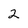
Character: 2